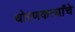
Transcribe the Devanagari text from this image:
धोरणकर्त्यांचे